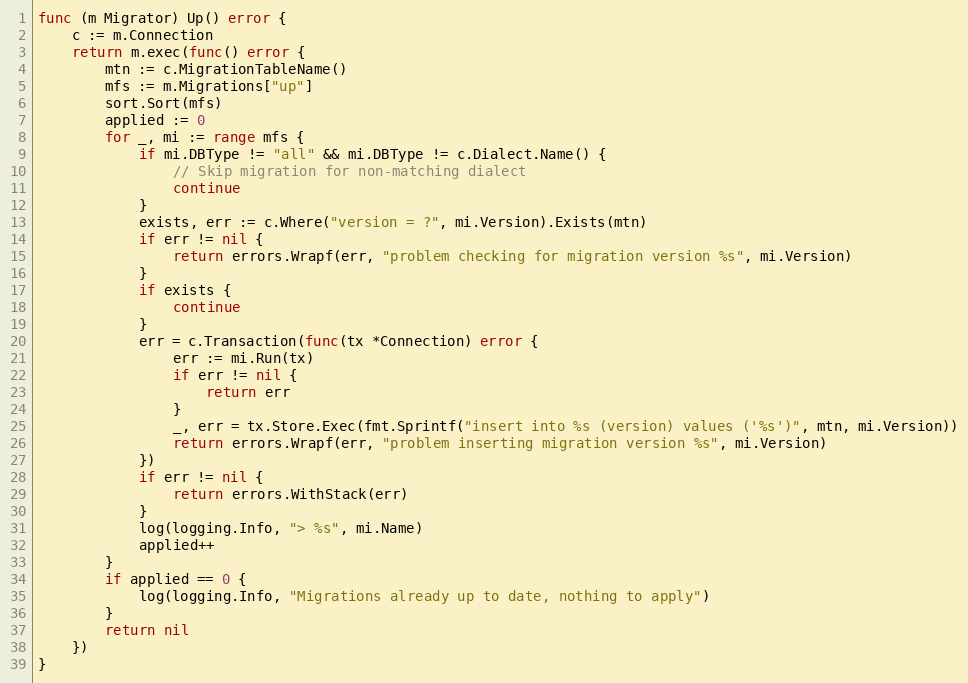
Language: Go
func (m Migrator) Up() error {
	c := m.Connection
	return m.exec(func() error {
		mtn := c.MigrationTableName()
		mfs := m.Migrations["up"]
		sort.Sort(mfs)
		applied := 0
		for _, mi := range mfs {
			if mi.DBType != "all" && mi.DBType != c.Dialect.Name() {
				// Skip migration for non-matching dialect
				continue
			}
			exists, err := c.Where("version = ?", mi.Version).Exists(mtn)
			if err != nil {
				return errors.Wrapf(err, "problem checking for migration version %s", mi.Version)
			}
			if exists {
				continue
			}
			err = c.Transaction(func(tx *Connection) error {
				err := mi.Run(tx)
				if err != nil {
					return err
				}
				_, err = tx.Store.Exec(fmt.Sprintf("insert into %s (version) values ('%s')", mtn, mi.Version))
				return errors.Wrapf(err, "problem inserting migration version %s", mi.Version)
			})
			if err != nil {
				return errors.WithStack(err)
			}
			log(logging.Info, "> %s", mi.Name)
			applied++
		}
		if applied == 0 {
			log(logging.Info, "Migrations already up to date, nothing to apply")
		}
		return nil
	})
}